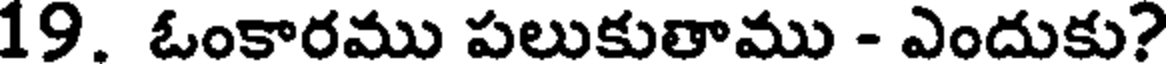
19. ఓంకారము పలుకుతాము - ఎందుకు?